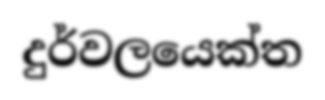
දුර්වලයෙක්ත